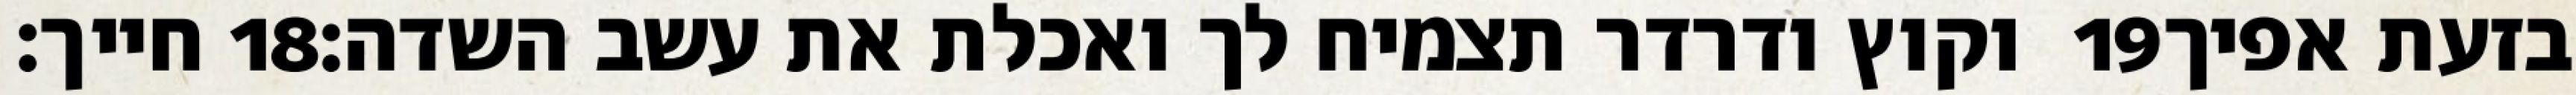
חייך׃ ‎18‏ וקוץ ודרדר תצמיח לך ואכלת את עשב השדה׃ ‎19‏ בזעת אפיך